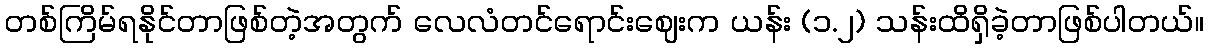
တစ်ကြိမ်ရနိုင်တာဖြစ်တဲ့အတွက် လေလံတင်ရောင်းဈေးက ယန်း (၁.၂) သန်းထိရှိခဲ့တာဖြစ်ပါတယ်။